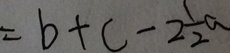
= b + c - 2 \frac { 1 } { 2 } a